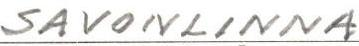
SAVONLINNA